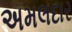
અમલદાર